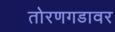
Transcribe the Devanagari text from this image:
तोरणगडावर